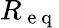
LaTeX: R_{\mathrm{~e~q~}}